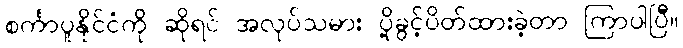
စင်္ကာပူနိုင်ငံကို ဆိုရင် အလုပ်သမား ပို့ခွင့်ပိတ်ထားခဲ့တာ ကြာပါပြီ။